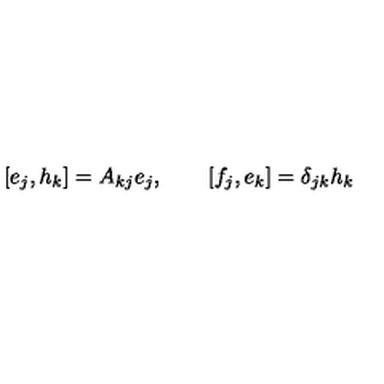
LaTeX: \left[ e _ { j } , h _ { k } \right] = A _ { k j } e _ { j } , \qquad \left[ f _ { j } , e _ { k } \right] = \delta _ { j k } h _ { k }